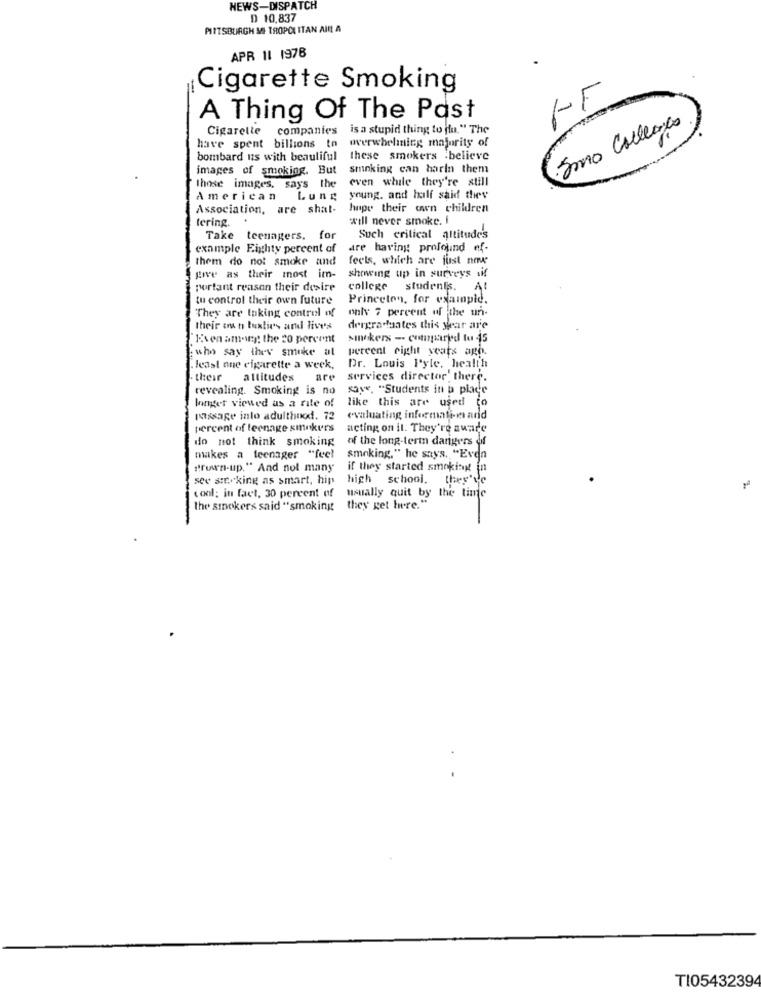
NEWS-DISPATCH
D 10,837
PITTSBURGH MI TROPOLITAN AIR A
APR 11 1978
Cigarette Smoking
A Thing Of The Past
Cigarette
companies
is a stupid thing to (u." The
:Smo Colleges
overwhelming majority of
have spent billions to
bombard its with beautiful
these smokers .believe
images of smoking. But
smoking can harin them
even while they're still
those images, says the
American
Lung
young, and half said they
Association, are shat-
hope their own children
tering.
will never smoke. i
Take teenagers. for
Such critical altitude's
example Eighty percent of
are having profound ef-
them do not smoke and
feels, which are just now
showing up in surveys sif
give as their most im-
portant reason their desire
college students. A
tu control their own future
Princeton, for example.
They are taking control of
only 7 percent of the un-
their own tuxtie's and five's
dergraduates this year are
Eisen am-ig the 20 percent
sinckers - compared to 45
: who say they smoke al
percent right yeats agh.
. least one cigarette a week.
Dr. Louis I'yle, health
their
attitudes
are
services director there.
revealing. Smoking is no
save, "Students in b place
like this are used
longer viewed as a rate of
passage into adulthood. 72
evaluating informati-m and
percent of teenage smokers
acting on il. They're aware
do not think smoking
of the long-term dangers dif
makes a teenager "feel
smoking," he says. "Even
"run-up." And not many
if they started smoking in
see sinking as smart, hip
high school. they've
cool: in fact, 30 percent of
usually quit by the time
the smokers said "smoking they get ture."
TI0543239